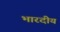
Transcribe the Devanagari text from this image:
भारदीय